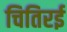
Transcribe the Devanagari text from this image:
चितिरई